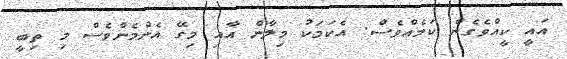
އައީ ކީއްވެގެން ކަމެއްވެސް. އެކަމަކު މިލާން އާއި މިގޭ އެންމެންވެސް މި ތިބީ